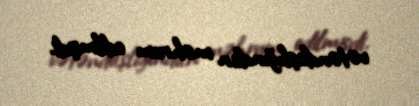
vətəndaşlığından məhrum edilmişdi.